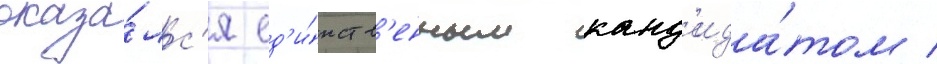
оказа́лс'я ед'и́нств'енным канд'ида́том /